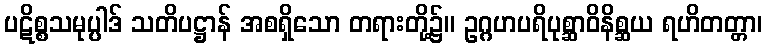
ပဋိစ္စသမုပ္ပါဒ် သတိပဋ္ဌာန် အစရှိသော တရားတို့၌။ ဥဂ္ဂဟပရိပုစ္ဆာဝိနိစ္ဆယ ရဟိတတ္တာ၊